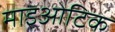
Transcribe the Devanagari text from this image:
माइओटिक